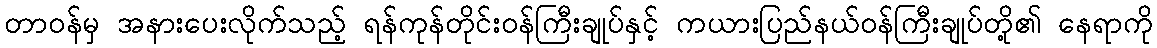
တာဝန်မှ အနားပေးလိုက်သည့် ရန်ကုန်တိုင်းဝန်ကြီးချုပ်နှင့် ကယားပြည်နယ်ဝန်ကြီးချုပ်တို့၏ နေရာကို